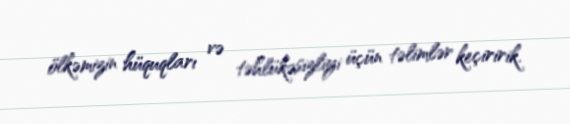
ölkəmizin hüquqları və təhlükəsizliyi üçün təlimlər keçiririk.